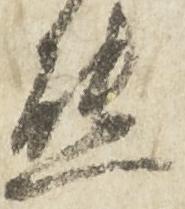
熊